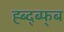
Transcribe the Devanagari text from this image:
ह्ब्द्ब्फ्ब